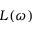
L ( \omega )